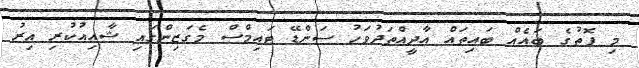
މި ފޮތުގެ ބައެއް ބައިތައް އާދީއްތަދުވަހު ސަންޑޭ ޓައިމްސް މެގަޒިންގައި ޝާއިއުކުރި އިރު